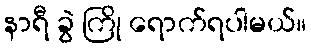
နာရီ ခွဲ ကြို ရောက်ရပါမယ်။